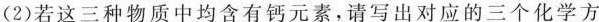
（2）若这三种物质中均含有钙元素，请写出对应的三个化学方